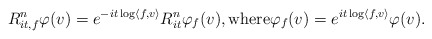
\begin{align*}R_{it, f}^n\varphi(v) = e^{-it \log \langle f, v\rangle } R_{it}^n \varphi_f(v), \mbox{where} \varphi_f(v) = e^{it \log \langle f, v \rangle} \varphi(v). \end{align*}